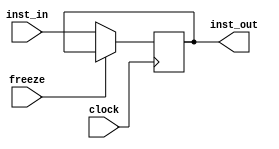
module inst_reg_pipeline(clock,freeze,inst_in,inst_out);
  
  input wire [31:0] inst_in;
  input wire clock,freeze;
  output wire [31:0] inst_out;
  
  reg [31:0] inst_reg;
  
  initial
  inst_reg=32'he0813002;
  
  assign inst_out=inst_reg;
  
  always@(posedge clock)
  begin
    if(~freeze)
    inst_reg<=inst_in;
  end
  
endmodule